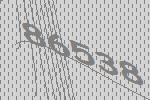
86538